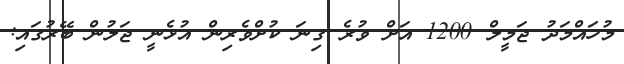
މުހައްމަދު ޖަމީލް 1200 އަށް ވުރެ ގިނަ ކުށްވެރިން އުޅެނީ ޖަލުން ބޭރުގައި: